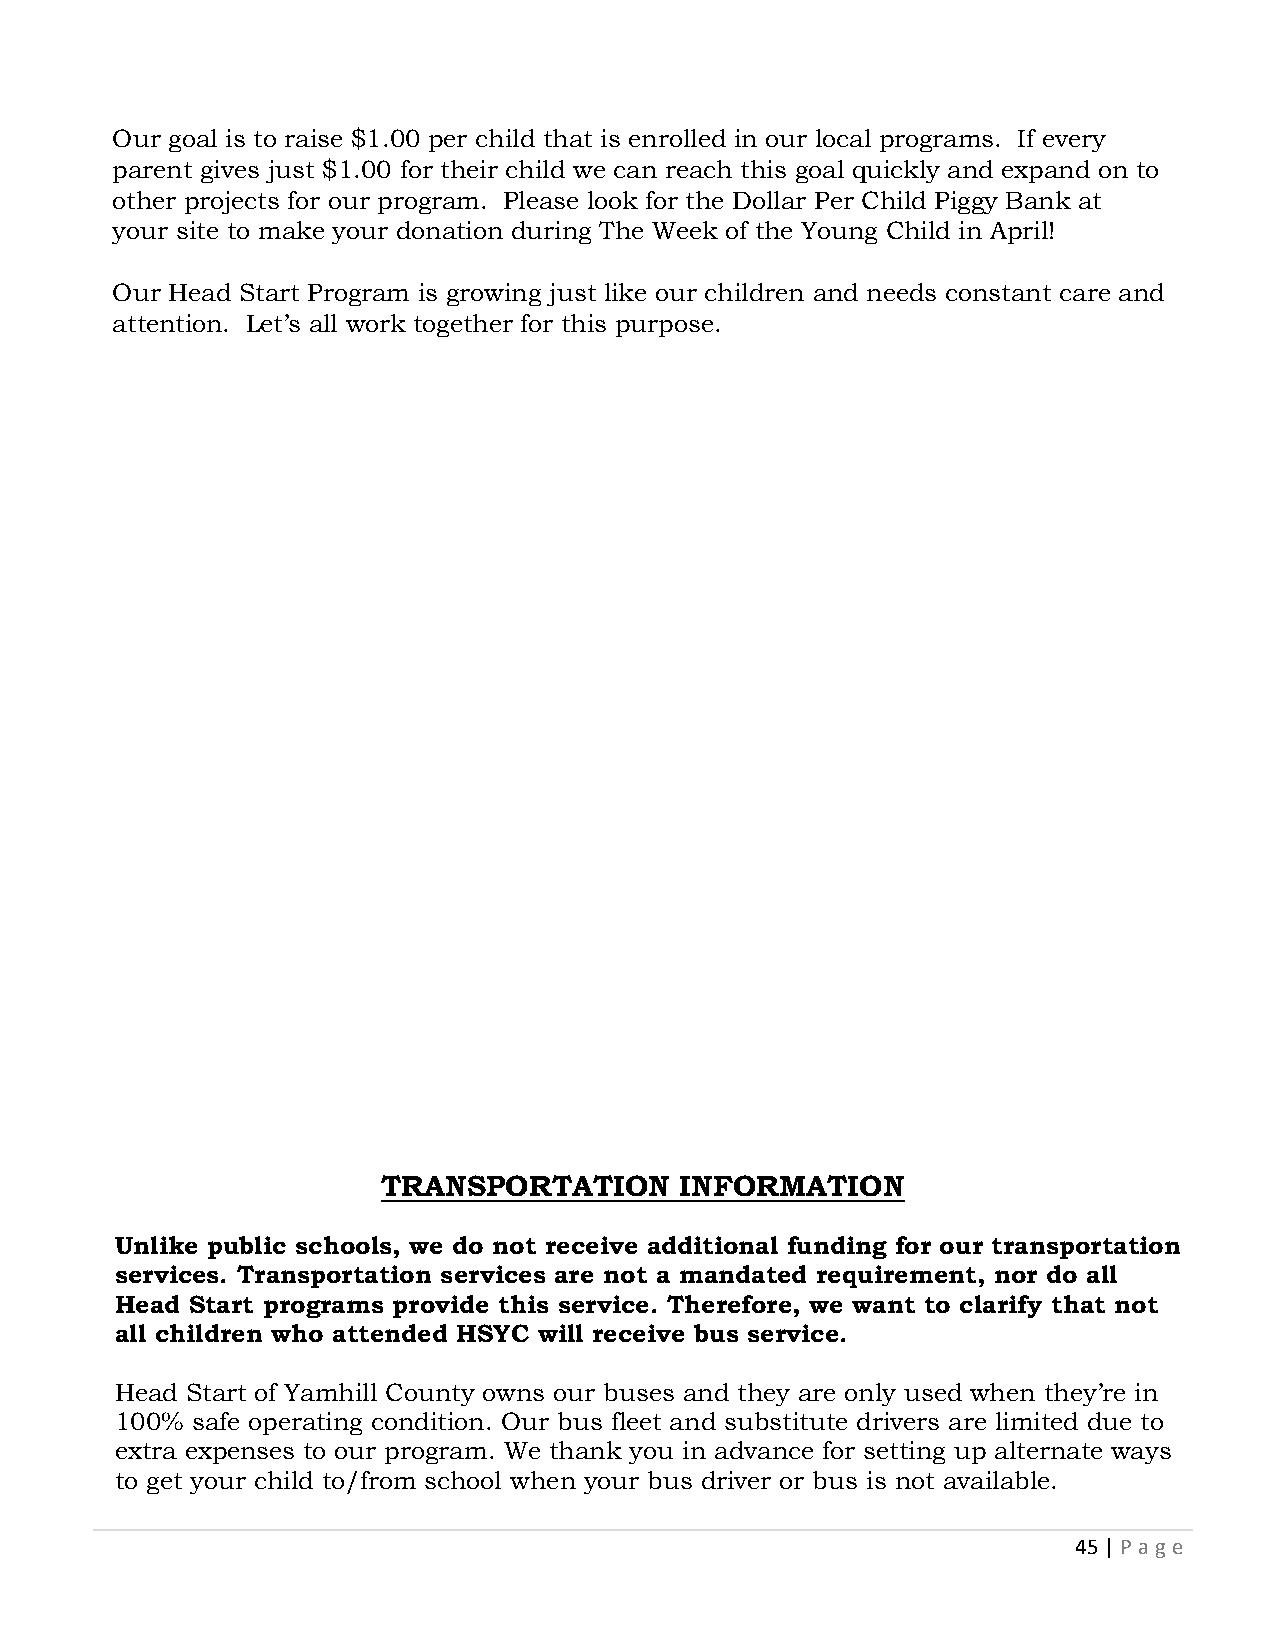
Our goal is to raise $1.00 per child that is enrolled in our local programs. If every
 parent gives just $1.00 for their child we can reach this goal quickly and expand on to
 other projects for our program. Please look for the Dollar Per Child Piggy Bank at
 your site to make your donation during The Week of the Young Child in April!
 Our Head Start Program is growing just like our children and needs constant care and
 attention. Let’s all work together for this purpose.
 TRANSPORTATION      INFORMATION
 Unlike public schools, we do not receive additional funding for our transportation
 services. Transportation services are not a mandated requirement, nor do all
 Head Start programs provide this service. Therefore, we want to clarify that not
 all children who attended HSYC will receive bus service.
 Head Start of Yamhill County owns our buses and they are only used when they’re in
 100% safe operating condition. Our bus fleet and substitute drivers are limited due to
 extra expenses to our program. We thank you in advance for setting up alternate ways
 to get your child to/from school when your bus driver or bus is not available.
 45 | P age